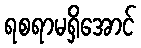
ရစရာမရှိအောင်